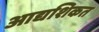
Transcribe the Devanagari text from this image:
आद्यशिकत